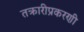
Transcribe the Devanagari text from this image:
तक्रारीप्रकरणी